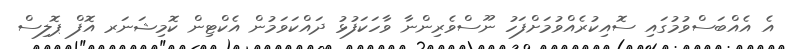
އެ އެއްބަސްވުމުގައި ސޮއިކުރެއްވުމަށްފަހު ނޫސްވެރިންނާ ވާހަކަފުޅު ދައްކަވަމުން އެކްޓިން ކޮމިޝަނަރ އޮފް ޕޮލިސް